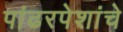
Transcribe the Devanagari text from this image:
पांढरपेशांचे